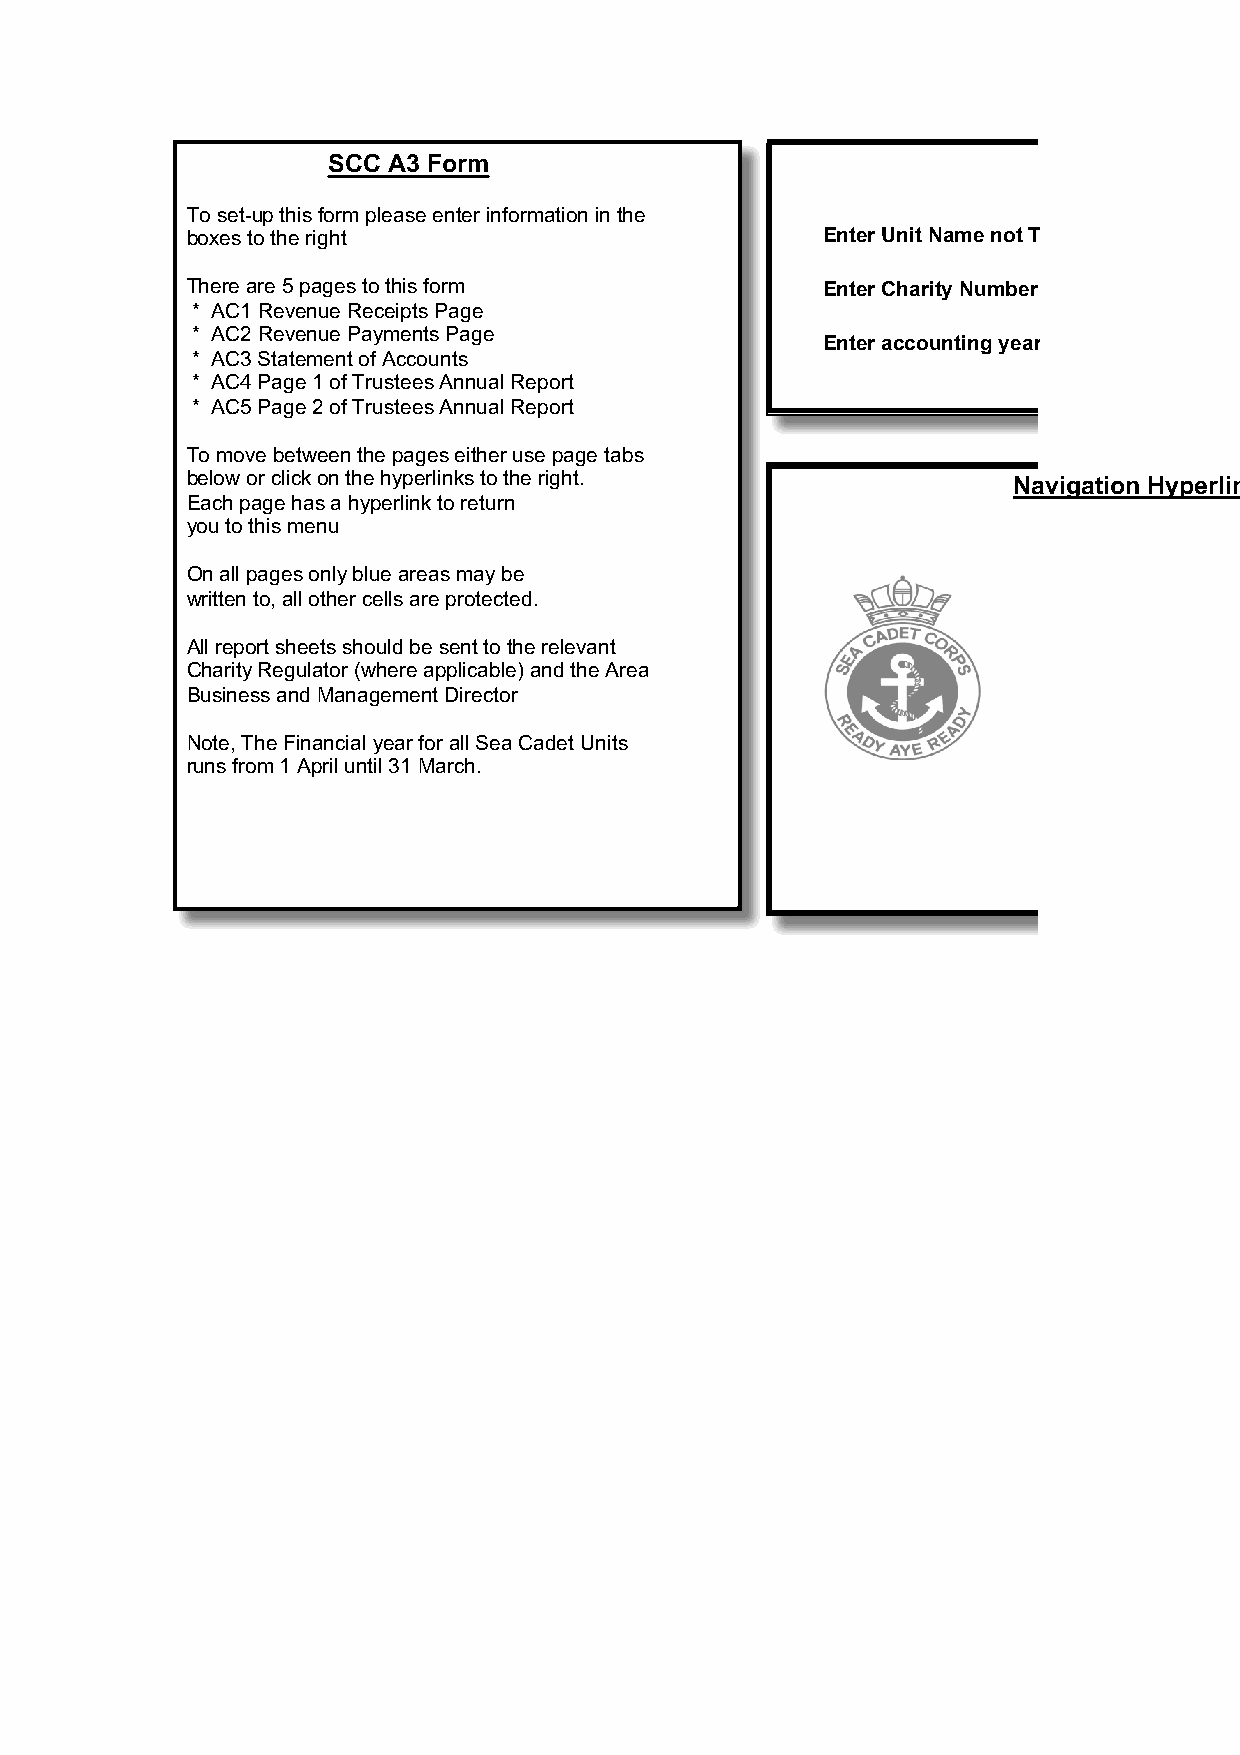
SCC A3 Form                                       Setup    Menu
 To set-­up this form please enter information in the
 boxes to the right                        Enter Unit Name not TS Name
 There are 5 pages to this form            Enter Charity Number
 * AC1 Revenue Receipts Page
 * AC2 Revenue Payments Page
 Enter accounting year
 * AC3 Statement of Accounts
 * AC4 Page 1 of Trustees Annual Report
 * AC5 Page 2 of Trustees Annual Report
 To move between the pages either use page tabs
 below or click on the hyperlinks to the right.         Navigation Hyperlinks
 Each page has a hyperlink to return
 you to this menu
 On all pages only blue areas may be
 written to, all other cells are protected.
 All report sheets should be sent to the relevant
 Charity Regulator (where applicable) and the Area
 Business and Management Director
 Note, The Financial year for all Sea Cadet Units
 runs from 1 April until 31 March.